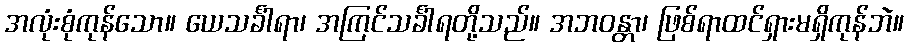
အလုံးစုံကုန်သော။ ယေသင်္ခါရာ၊ အကြင်သင်္ခါရတို့သည်။ အဘဝန္တာ၊ ဖြစ်ရာထင်ရှားမရှိကုန်ဘဲ။